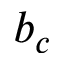
b _ { c }